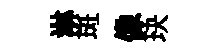
淋斑像玦